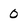
Character: 0